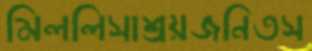
মিললিসাশ্রয়জনিতস